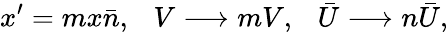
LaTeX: x^{\prime}=mx\bar{n},~~~V\longrightarrow mV,~~~\bar{U}\longrightarrow n\bar{U},